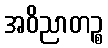
အဝိညာတဉ္စ